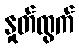
နှုတ်ထွက်